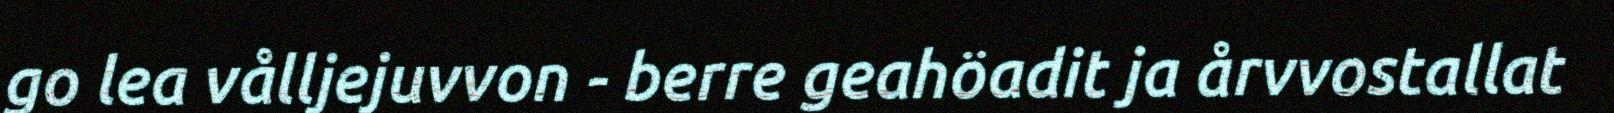
go lea vålljejuvvon - berre geahöadit ja årvvostallat